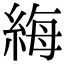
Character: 䋦